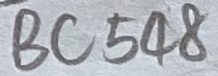
Text: BC548